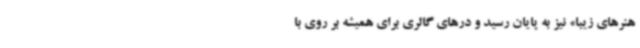
هنرهای زیبا» نیز به پایان رسید و درهای گالری برای همیشه بر روی با